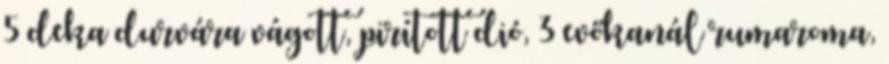
5 deka durvára vágott, pirított dió, 3 evőkanál rumaroma,